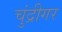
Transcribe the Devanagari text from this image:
चुंद्रीगर